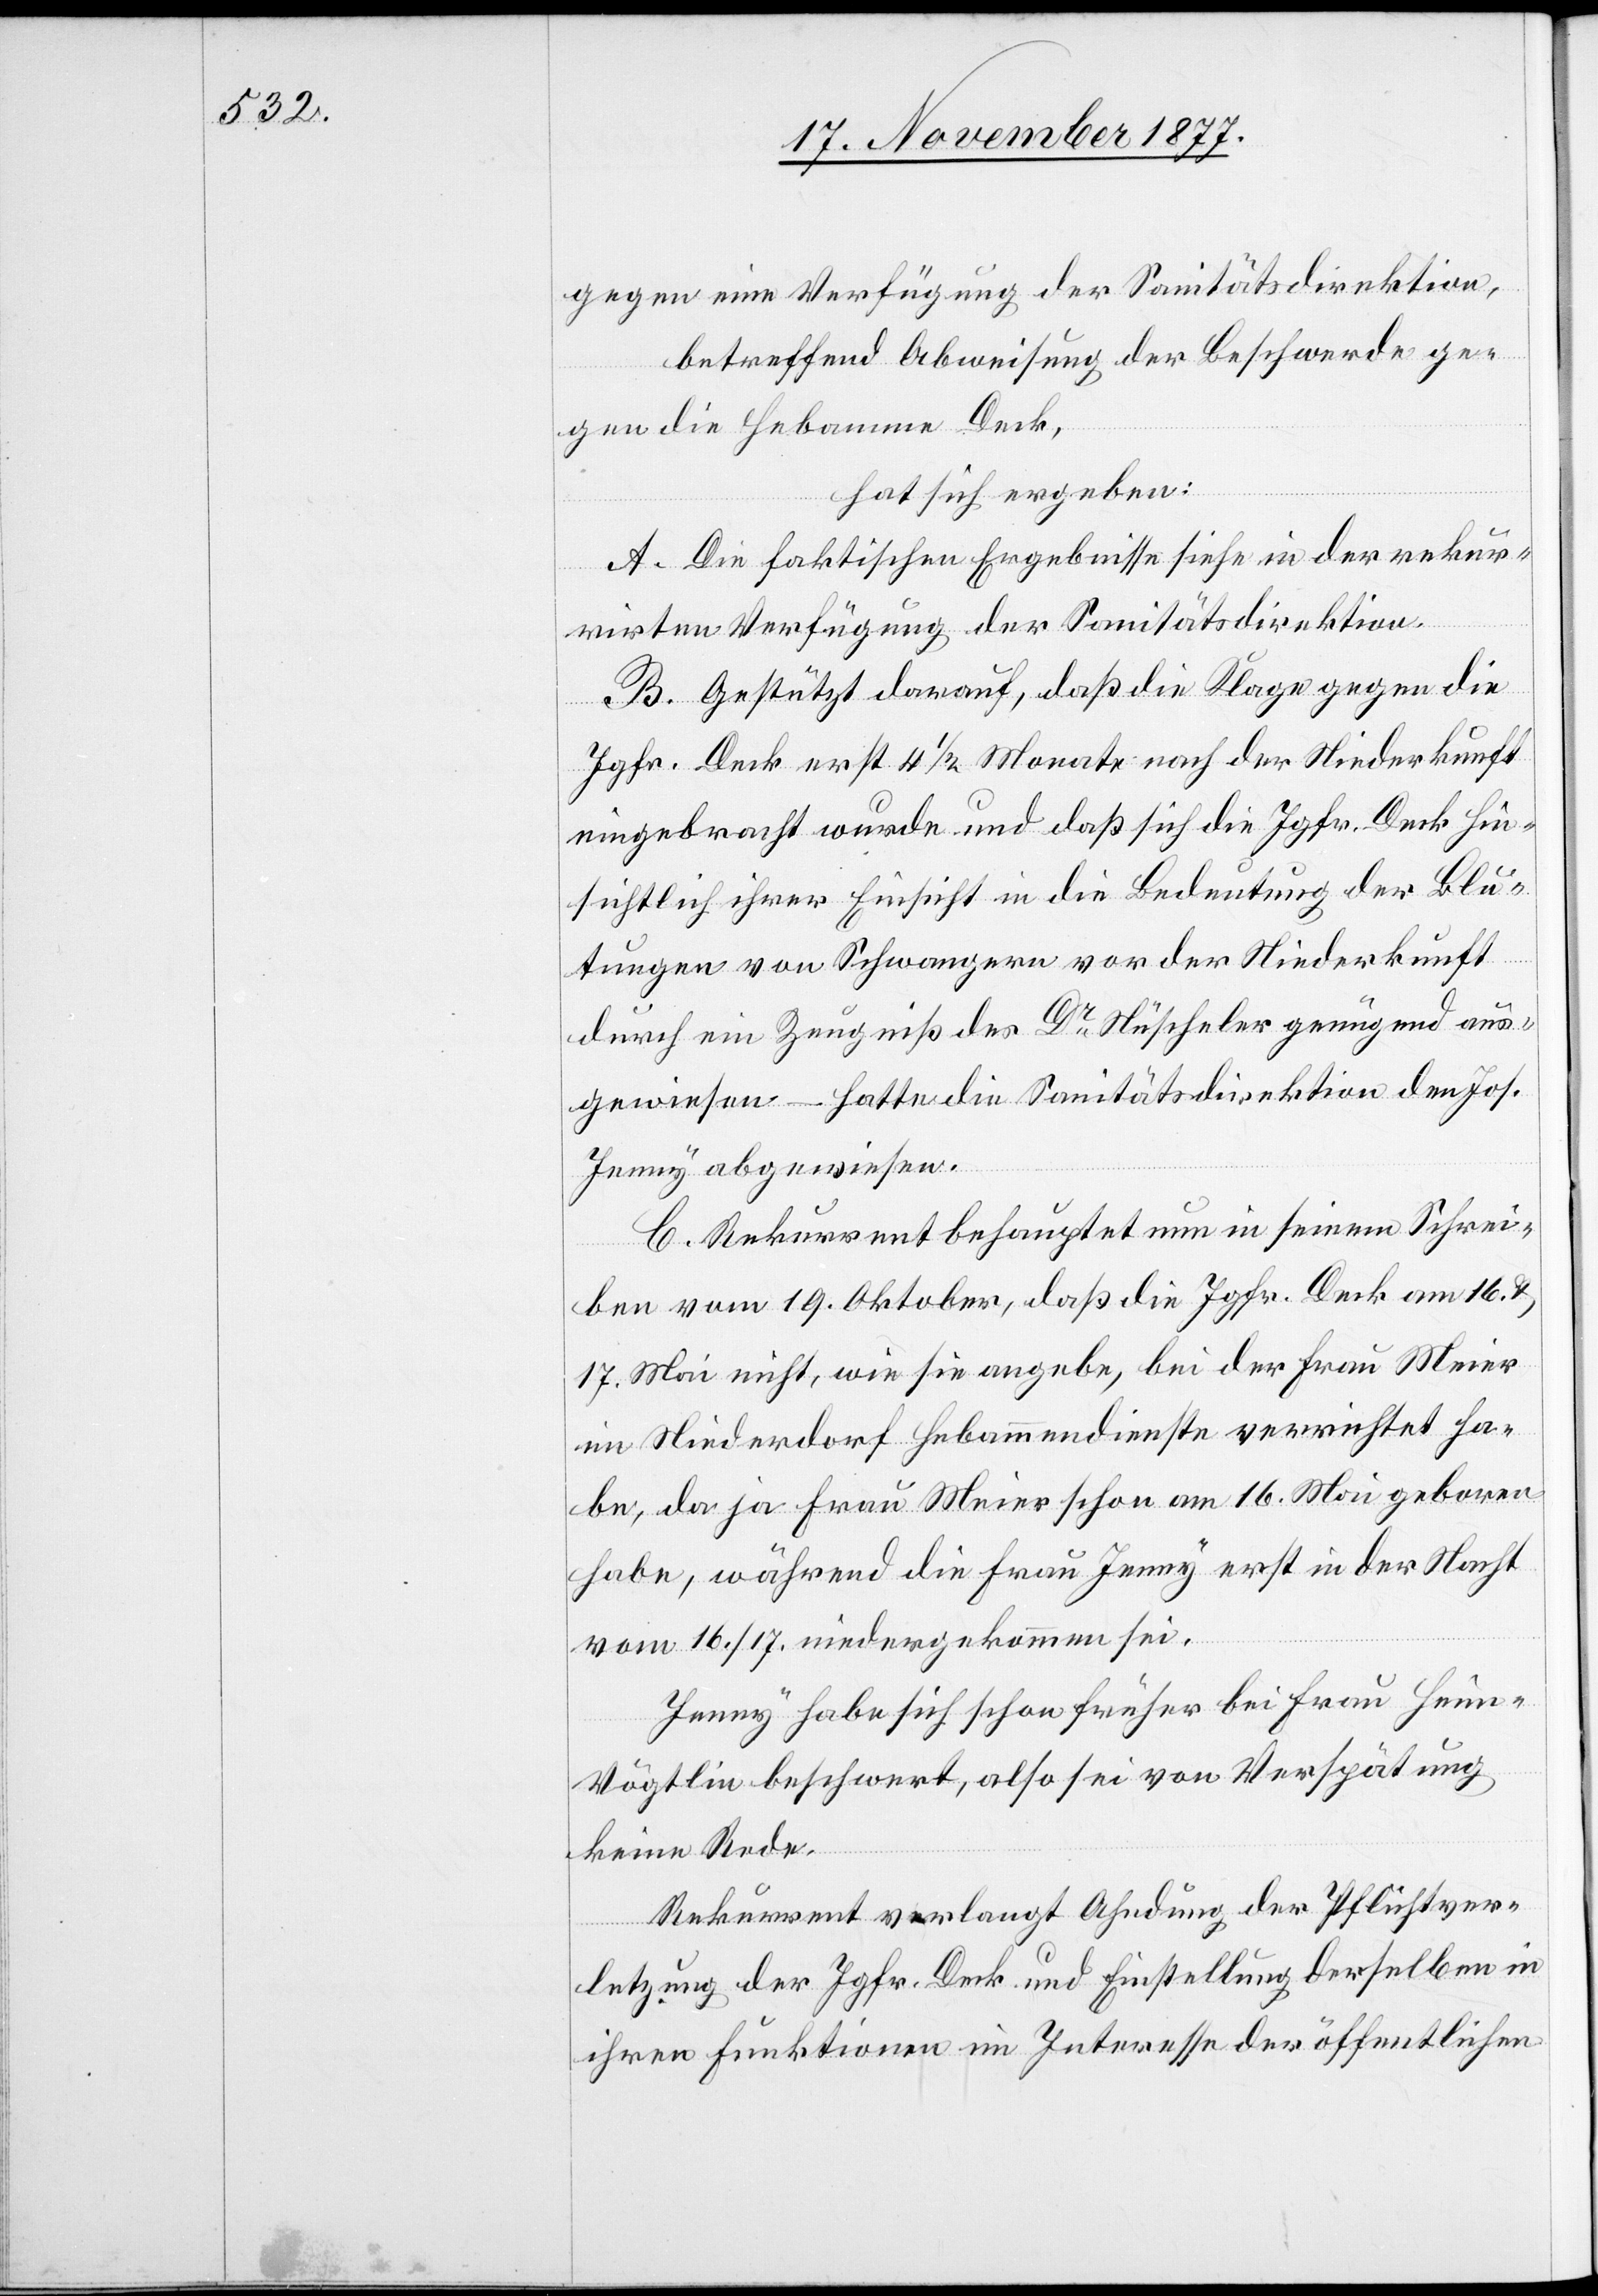
betreffend Abweisung der Beschwerde ge¬
gen die Hebamme Deck,
hat sich ergeben:
A. Die faktischen Ergebnisse siehe in der rekur¬
rirten Verfügung der Sanitätsdirektion.
B. Gestützt darauf, daß die Klage gegen die
Jgfr. Deck erst 4 1/2 Monate nach der Niederkunft
eingebracht wurde und daß sich die Jgfr. Deck hin¬
sichtlich ihrer Einsicht in die Bedeutung der Blu¬
tungen von Schwangern vor der Niederkunft
durch ein Zeugniß des Dr Nüscheler genügend aus¬
gewiesen – hatte die Sanitätsdirektion den Jos.
Jenny abgewiesen.
C. Rekurrent behauptet nun in seinem Schrei¬
gegen
ben vom 19. Oktober, daß die Jgfr. Deck am 16. &
17. Mai nicht, wie sie angebe, bei der Frau Meier
im Niederdorf Hebammendienste verrichtet ha¬
be, da ja Frau Meier schon am 16. Mai geboren
habe, während die Frau Jenny erst in der Nacht
vom 16./17. niedergekommen sei.
Jenny habe sich schon früher bei Frau Heim-V¬
ögtlin beschwert, also sei von Verspätung
keine Rede.
Rekurrent verlangt Ahndung der Pflichtver¬
letzung der Jgfr. Deck und Einstellung derselben in
ihren Funktionen im Interesse der öffentlichen